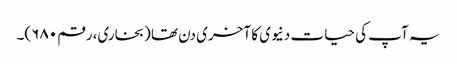
یہ آپ کی حیات دنیوی کا آخری دن تھا (بخاری، رقم ۶۸۰)۔